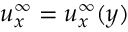
u _ { x } ^ { \infty } = u _ { x } ^ { \infty } ( y )